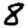
Digit: 8